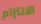
الالتزام